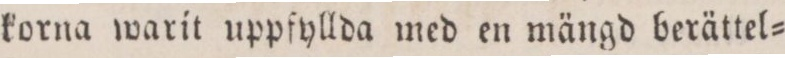
korna warit uppfyllda med en mängd berättel=